Vabadussoja_Ajaloo_Komitee, lk 5
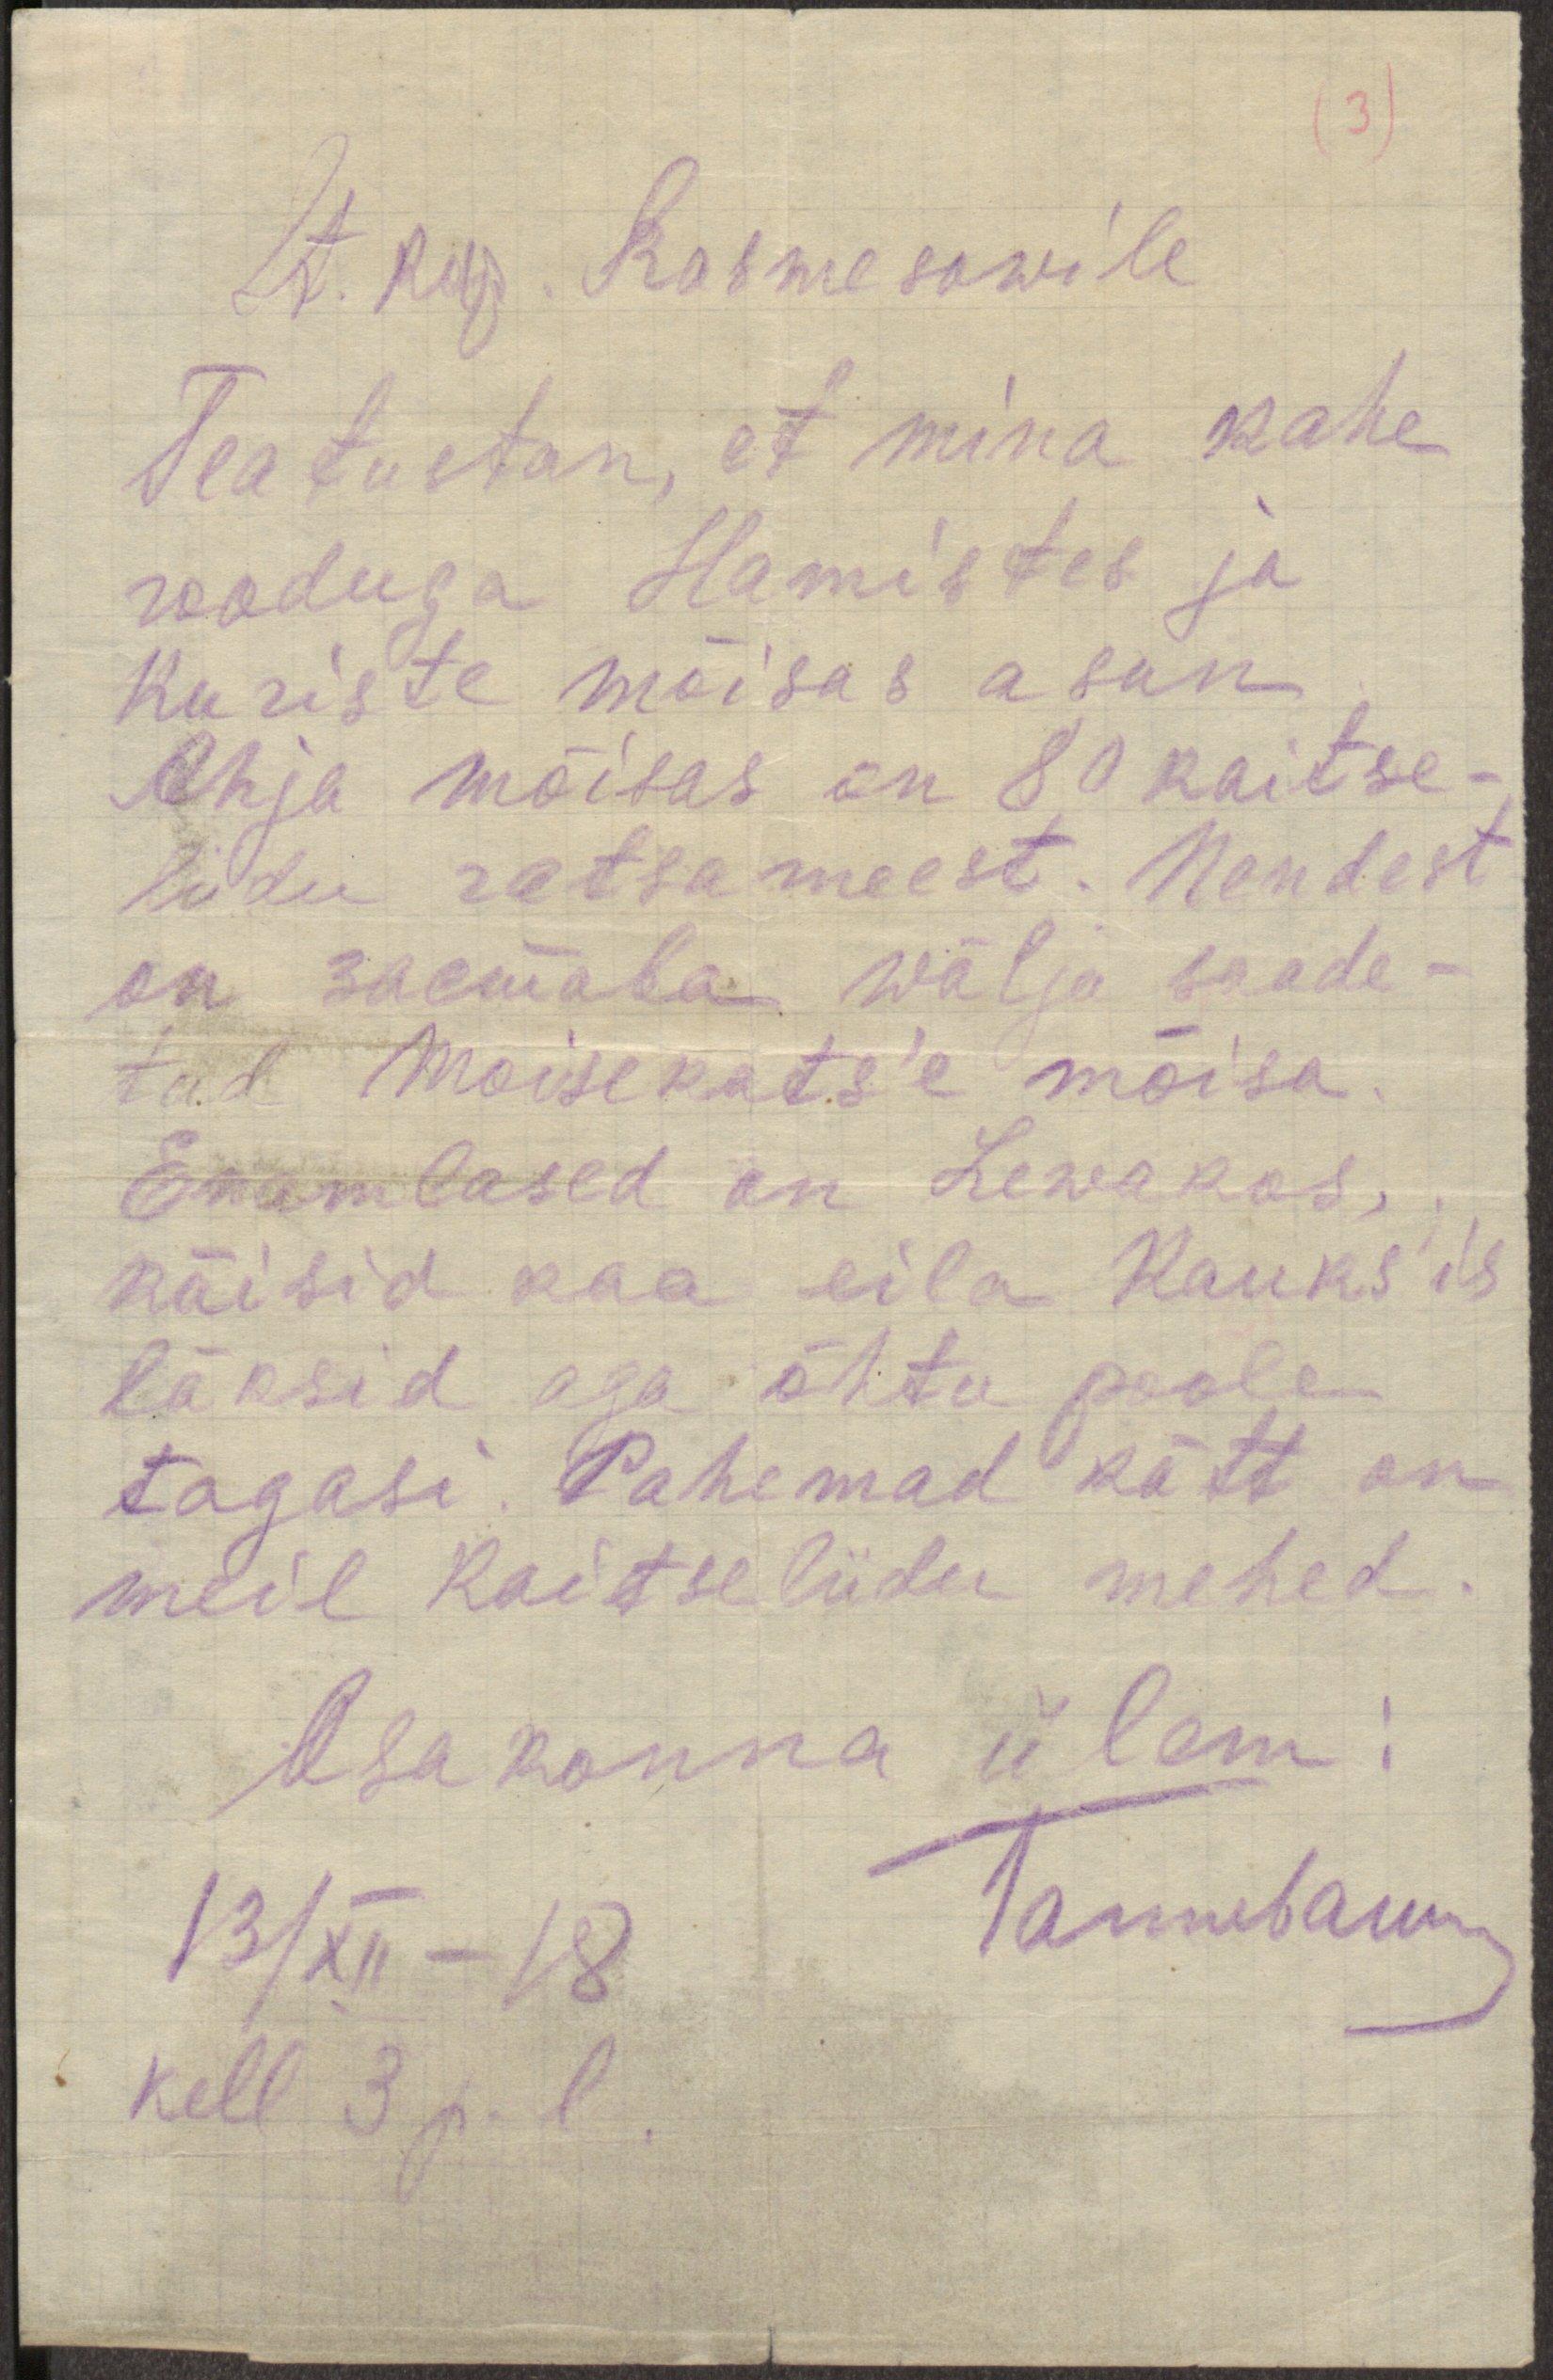
Lt. kap Kasmesow'ile
Teatustan, et mina kahe
rooduga Hamistes ja
Kuriste mõisas asun
Ahja mõisas on 80 kaitse-
liidu ratsameest. Nendest
on застава wälja saade-
tud Moisekats'e mõisa
Enamlased on Lewakos,
käisid kaa eila Kauks'is
läksid aga õhtu poole.
tagasi. Pahemad kätt on
meil kaitseliidu mehed.
Osakonna ülem!
13/XII -18
Tannebaum,
kell 3 p. l.